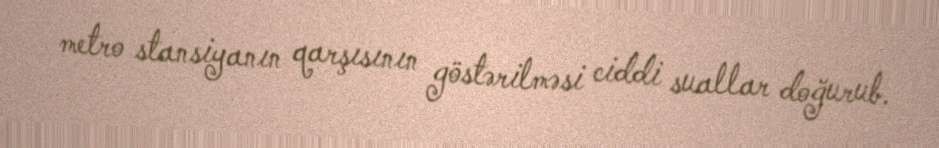
metro stansiyanın qarşısının göstərilməsi ciddi suallar doğurub.